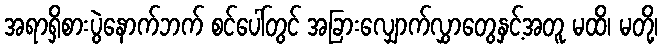
အရာရှိစားပွဲနောက်ဘက် စင်ပေါ်တွင် အခြားလျှောက်လွှာတွေနှင့်အတူ မထိ၊ မတို့၊